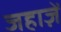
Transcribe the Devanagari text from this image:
जहाज़ें